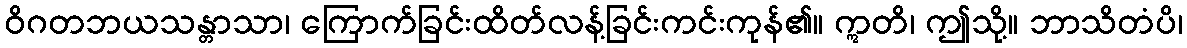
ဝိဂတဘယသန္တာသာ၊ ကြောက်ခြင်းထိတ်လန့်ခြင်းကင်းကုန်၏။ ဣတိ၊ ဤသို့။ ဘာသိတံပိ၊